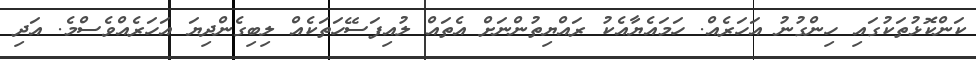
ކަންކޮޅުތަކުގައި ހިންގުނު އަހަރެއް. ހަމައެޔާއެކު ރައްޔިތުންނަށް އެތައް ލުއިފަސޭހަތަކެއް ލިބިގެންދިޔަ އަހަރެއްވެސްމެ. އަދި